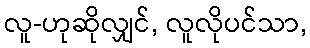
လူ-ဟုဆိုလျှင်, လူလိုပင်သာ,